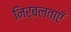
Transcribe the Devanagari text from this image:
निर्बलताएँ